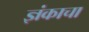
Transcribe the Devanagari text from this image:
ज्ञंकाचा